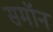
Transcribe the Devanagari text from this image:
समॉन